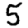
Digit: 5